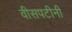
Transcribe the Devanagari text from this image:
वीसपटीनी